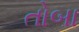
તોબા